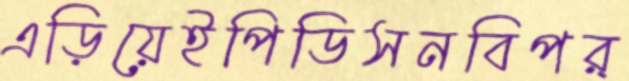
এড়িয়েইপিডিসনবিপর্